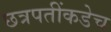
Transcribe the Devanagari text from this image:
छत्रपतींकडेच